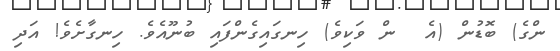
ންގެ) ބޮޑުން (އެ  ން ވަކިވެ) ހިނގައިގެންފައި ބުނޫއެވެ. ހިނގާށެވެ! އަދި